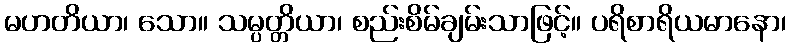
မဟတိယာ၊ သော။ သမ္ပတ္တိယာ၊ စည်းစိမ်ချမ်းသာဖြင့်။ ပရိစာရိယမာနော၊